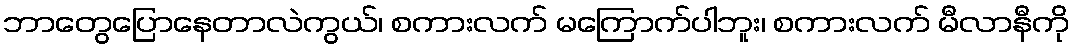
ဘာတွေပြောနေတာလဲကွယ်၊ စကားလက် မကြောက်ပါဘူး၊ စကားလက် မီလာနီကို